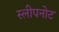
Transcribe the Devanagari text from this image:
स्लीपनोट